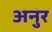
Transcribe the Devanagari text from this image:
अनुर